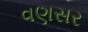
વણસર